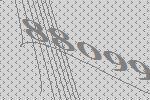
88099